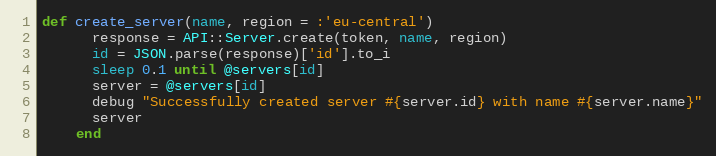
Language: Ruby
def create_server(name, region = :'eu-central')
      response = API::Server.create(token, name, region)
      id = JSON.parse(response)['id'].to_i
      sleep 0.1 until @servers[id]
      server = @servers[id]
      debug "Successfully created server #{server.id} with name #{server.name}"
      server
    end